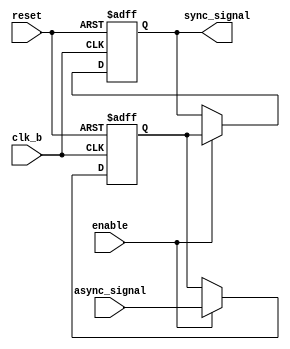
module signal_level_crossing_synchronizer (
    input wire async_signal,   // Input signal from source clock domain
    input wire clk_b,          // Destination clock
    input wire reset,          // Optional reset signal
    input wire enable,         // Optional enable signal
    output reg sync_signal      // Synchronized output signal
);

    // Internal signals for the two stages of DFFs
    reg dff1_out;

    // Synchronization logic
    always @(posedge clk_b or posedge reset) begin
        if (reset) begin
            dff1_out <= 1'b0; // Initialize the first DFF output to 0 on reset
            sync_signal <= 1'b0; // Initialize the synchronized output to 0 on reset
        end else if (enable) begin
            dff1_out <= async_signal; // Sample async_signal on clk_b
            sync_signal <= dff1_out;   // Sample the output of the first DFF on clk_b
        end
    end

endmodule